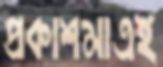
প্রকাশমাত্রই